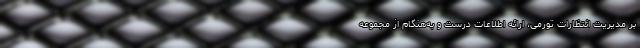
بر مدیریت انتظارات تورمی، ارائه اطلاعات درست و به‌هنگام از مجموعه